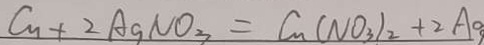
C u + 2 A g N O _ { 3 } = C u ( N O _ { 3 } ) _ { 2 } + 2 A g